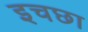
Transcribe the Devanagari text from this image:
इचछा